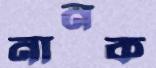
নানক